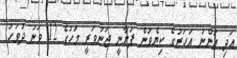
އަދި އަންނަ އަހަރުގެ ކިޔެވުން ފަށާނީ ޖަނަވަރީ މަހުގެ 12 ވަނަ ދުވަހު